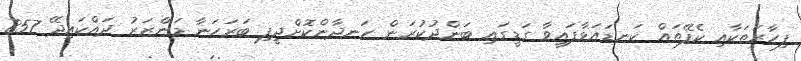
ފިހާރަތަކާއި ކެފޭތައް ކަނޑައަޅާފައިވާ ގަޑީގައި ބަންދުކުރަން ހަނދާންކޮށްދީފި ބަރަހަނާ މަންޒަރު ދައްކައިދޭ 857